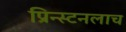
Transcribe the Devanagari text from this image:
प्रिन्स्टनलाच